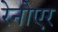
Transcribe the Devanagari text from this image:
रेनोएर